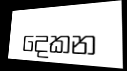
දෙකන